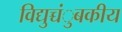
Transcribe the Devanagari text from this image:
विद्युच्चंुबकीय